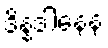
ဒိန္နဒါနေန